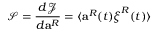
\mathcal { S } = \frac { d \mathcal { J } } { d \mathbf { a } ^ { R } } = \langle \mathbf { a } ^ { R } ( t ) \boldsymbol { \xi } ^ { R } ( t ) \rangle